画像に写った文字を読んでください
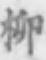
「柳」と書いてあります